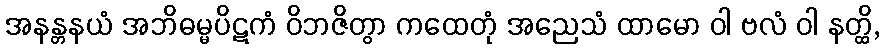
အနန္တနယံ အဘိဓမ္မပိဋကံ ဝိဘဇိတွာ ကထေတုံ အညေသံ ထာမော ဝါ ဗလံ ဝါ နတ္ထိ,